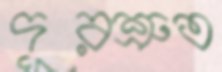
দূরশ্রুত